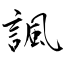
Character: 諷